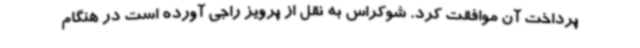
پرداخت آن موافقت کرد. شوکراس به نقل از پرویز راجی آورده است در هنگام